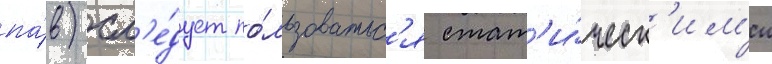
па́в) сл'е́дует по́льзоватьс'я стат'и́ческ'им'и